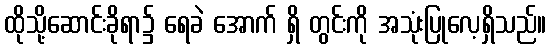
ထိုသို့ဆောင်းခိုရာ၌ ရေခဲ အောက် ရှိ တွင်းကို အသုံးပြုလေ့ရှိသည်။